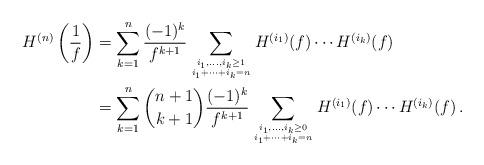
LaTeX: \begin{align*} H^{(n)}\left(\frac{1}{f}\right)&=\sum_{k=1}^n\frac{(-1)^k}{f^{k+1}}\sum_{i_1,\dots,i_k\ge 1\atop i_1+\cdots+i_k=n}H^{(i_1)}(f)\cdots H^{(i_k)}(f)\\ &=\sum_{k=1}^n\binom{n+1}{k+1}\frac{(-1)^k}{f^{k+1}}\sum_{i_1,\dots,i_k\ge 0\atop i_1+\cdots+i_k=n}H^{(i_1)}(f)\cdots H^{(i_k)}(f)\,. \end{align*}